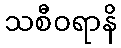
သစီဝရာနိ